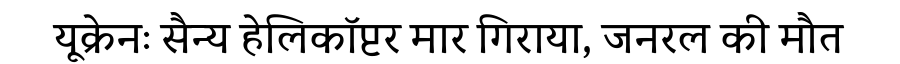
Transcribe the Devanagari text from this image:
यूक्रेनः सैन्य हेलिकॉप्टर मार गिराया, जनरल की मौत